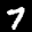
Label: 7